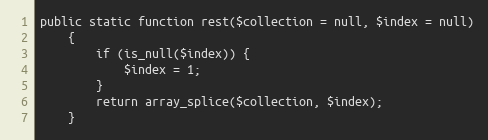
Language: PHP
public static function rest($collection = null, $index = null)
    {
        if (is_null($index)) {
            $index = 1;
        }
        return array_splice($collection, $index);
    }